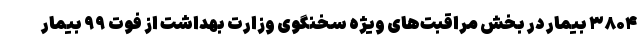
۳۸۰۴ بیمار در بخش‌ مراقبت‌های ویژه سخنگوی وزارت بهداشت از فوت ۹۹ بیمار